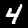
Label: 4